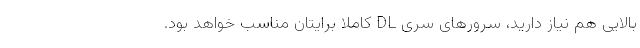
بالایی هم نیاز دارید، سرورهای سری DL کاملا برایتان مناسب خواهد بود.